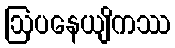
ဩပနေယျိကဿ